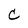
Character: C